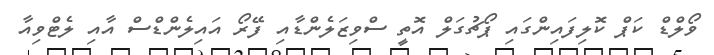
ވޯލްޑް ކަޕް ކޮލިފައިންގައި ޕޯޗުގަލް އޮތީ ސްވިޒަލެންޑާއި ފޭރޯ އައިލެންޑްސް އާއި ލެޓްވިއާ